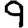
Digit: 9